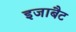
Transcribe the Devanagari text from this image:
इजाबैट